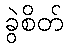
ခွဲစိတ်